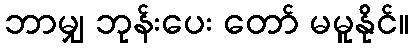
ဘာမျှ ဘုန်းပေး တော် မမူနိုင်။